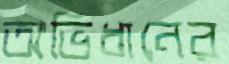
অভিধানের